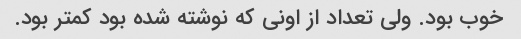
خوب بود. ولی تعداد از اونی که نوشته شده بود کمتر بود.